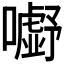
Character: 𭌗